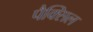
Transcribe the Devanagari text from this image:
पैक्सिल